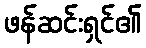
ဖန်ဆင်းရှင်၏